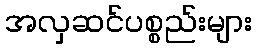
အလှဆင်ပစ္စည်းများ